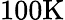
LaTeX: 100\mathrm{K}